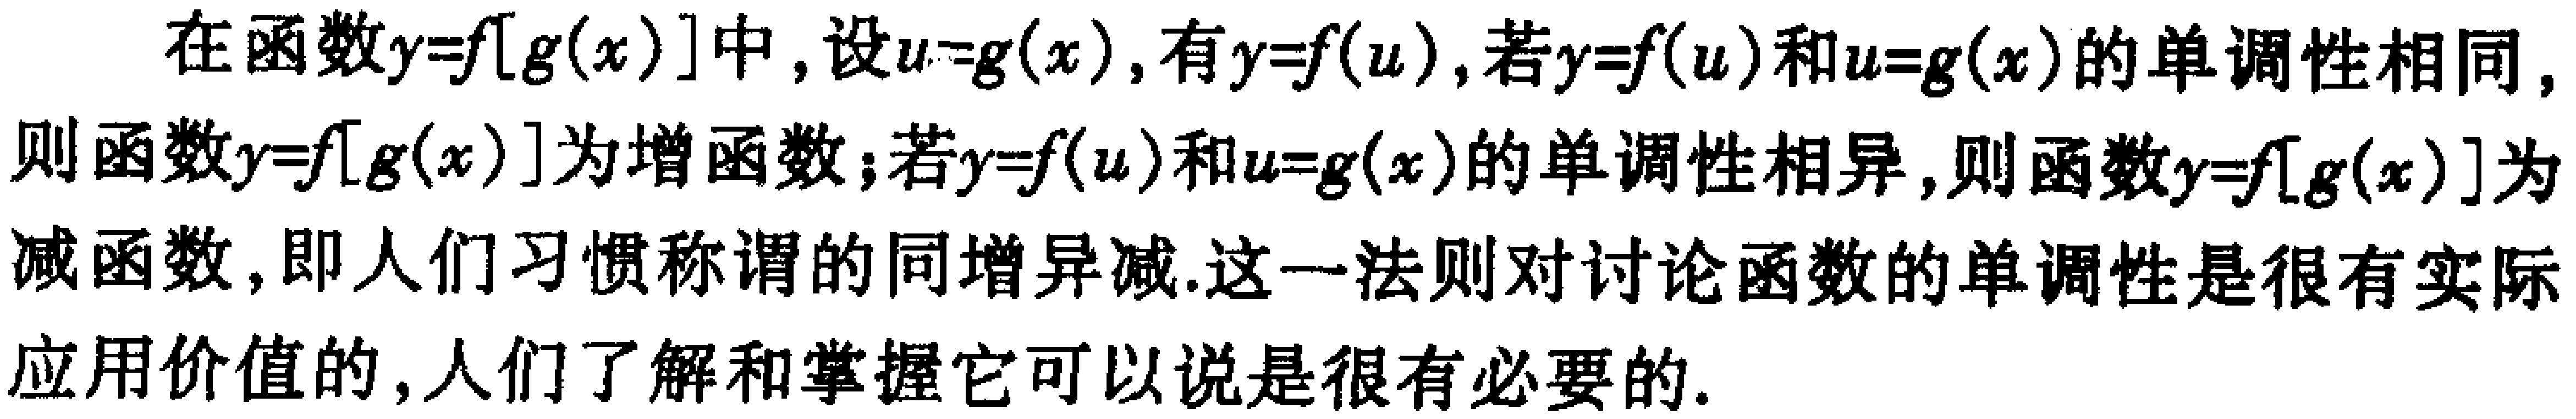
在函数\(y = f[g(x)]\)中，设\(u = g(x)\)，有\(y = f(u)\)，若\(y = f(u)\)和\(u = g(x)\)的单调性相同，则函数\(y = f[g(x)]\)为增函数；若\(y = f(u)\)和\(u = g(x)\)的单调性相异，则函数\(y = f[g(x)]\)为减函数，即人们习惯称谓的同增异减.这一法则对讨论函数的单调性是很有实际应用价值的，人们了解和掌握它可以说是很有必要的.